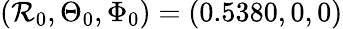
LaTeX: (\mathcal{R}_{0},\Theta_{0},\Phi_{0})=(0.5380,0,0)